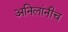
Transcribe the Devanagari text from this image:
अनिलांनीच